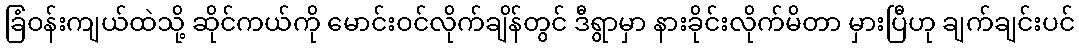
ခြံဝန်းကျယ်ထဲသို့ ဆိုင်ကယ်ကို မောင်းဝင်လိုက်ချိန်တွင် ဒီရွာမှာ နားခိုင်းလိုက်မိတာ မှားပြီဟု ချက်ချင်းပင်